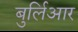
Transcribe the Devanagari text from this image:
बुर्लिआर